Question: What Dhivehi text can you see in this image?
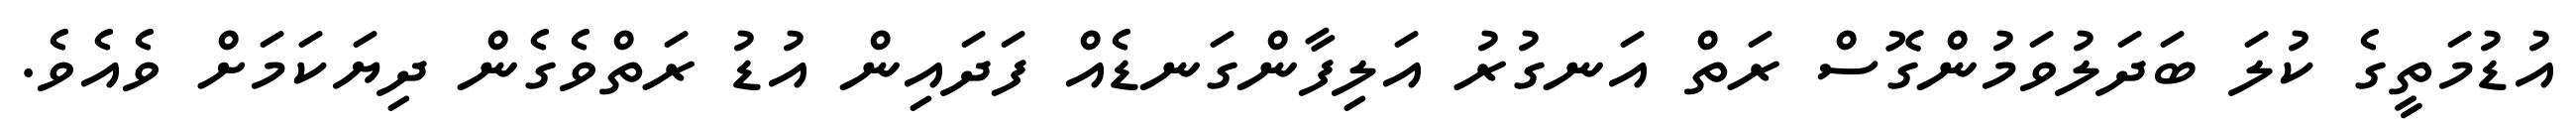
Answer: އުޑުމަތީގެ ކުލަ ބަދަލުވަމުންގޮސް ރަތް އަނގުރު އަލިފާންގަނޑެއް ފަދައިން އުޑު ރަތްވެގެން ދިޔަކަމަށް ވެއެވެ.